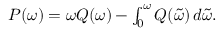
\begin{array} { r } { P ( \omega ) = \omega Q ( \omega ) - \int _ { 0 } ^ { \omega } Q ( \tilde { \omega } ) \, d \tilde { \omega } . } \end{array}